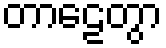
တာဠေတွာ